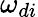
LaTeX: \omega_{di}